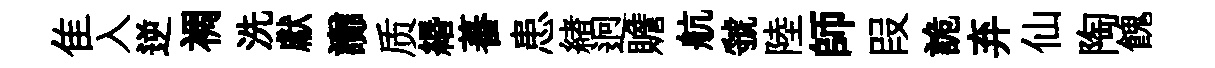
隹入逆裯洗獻讟质緡蕃患緖迥贍航虢陸師叚詭弃仙陶餽